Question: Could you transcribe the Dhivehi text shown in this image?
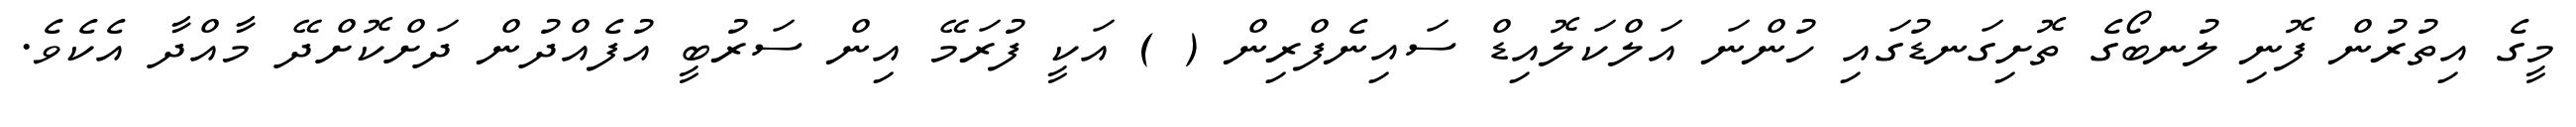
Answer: މީގެ އިތުރުން ފޮނި ލުނބޯގެ ތޮށިގަނޑުގައި ހުންނަ އަލްކަލޮއިޑް ސައިނެފްރިން ( ) އަކީ ފުރަމޭ އިން ސަރުބީ އުފެއްދުން ދަށްކޮށްދޭ މާއްދާ އެކެވެ.